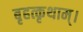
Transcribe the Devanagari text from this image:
बृहत्कृथाम्।